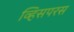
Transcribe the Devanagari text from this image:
व्हिसपरस